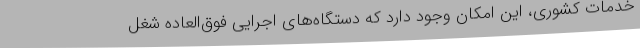
خدمات کشوری، این امکان وجود دارد که دستگاه‌های اجرایی فوق‌العاده شغل